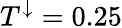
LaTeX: T^{\downarrow}=0.25